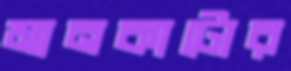
মানকাটোর